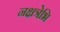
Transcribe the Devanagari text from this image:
नक्षत्रेभि